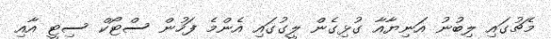
މެޗުގައި ލިބުނު އަނިޔާއާ ގުޅިގެން ލީގުގައި އެންމެ ފަހުން ސްޓޯކް ސިޓީ އާއި